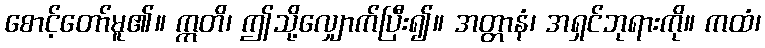
စောင့်တော်မူ၏။ ဣတိ၊ ဤသို့လျှောက်ပြီး၍။ အတ္တာနံ၊ အရှင်ဘုရားကို။ ကထံ၊